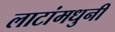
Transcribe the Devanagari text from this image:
लाटांमधुनी